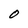
Character: O